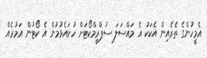
އެމީހުންގެ ތެރެއިން އެކަކު އެ މައްސަލަ ސުޕްރީމްކޯޓަށް ހުށައެޅުމުން އެ ކޯޓުން އަމުރެއް